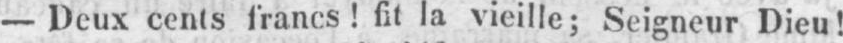
- Deux cents francs! fit la vieille; Seigneur Dieu!